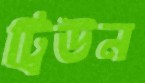
ট্রিউন